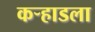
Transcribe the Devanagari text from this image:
कर्‍हाडला